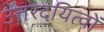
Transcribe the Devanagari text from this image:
उत्तरदयित्वों